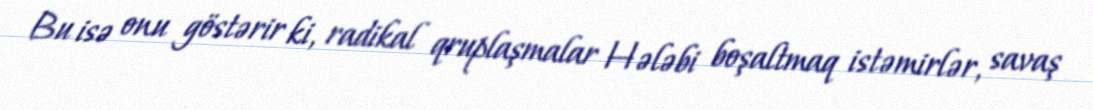
Bu isə onu göstərir ki, radikal qruplaşmalar Hələbi boşaltmaq istəmirlər, savaş